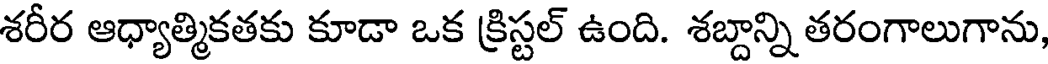
శరీర ఆధ్యాత్మికతకు కూడా ఒక క్రిస్టల్ ఉంది. శబ్దాన్ని తరంగాలుగాను,